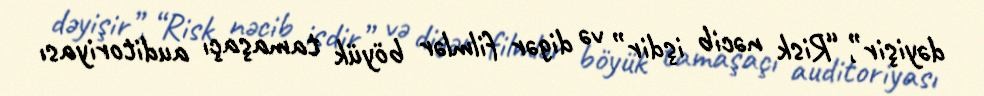
dəyişir”, “Risk nəcib işdir” və digər filmlər böyük tamaşaçı auditoriyası